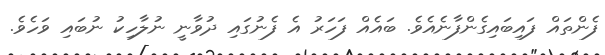
ފެންތައް ފައިބައިގެންފާނެއެވެ. ބައެއް ފަހަރު އެ ފެނުގައި ދުވާނީ ނުލާހިކު ނުބައި ވަހެވެ.